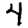
Digit: 4